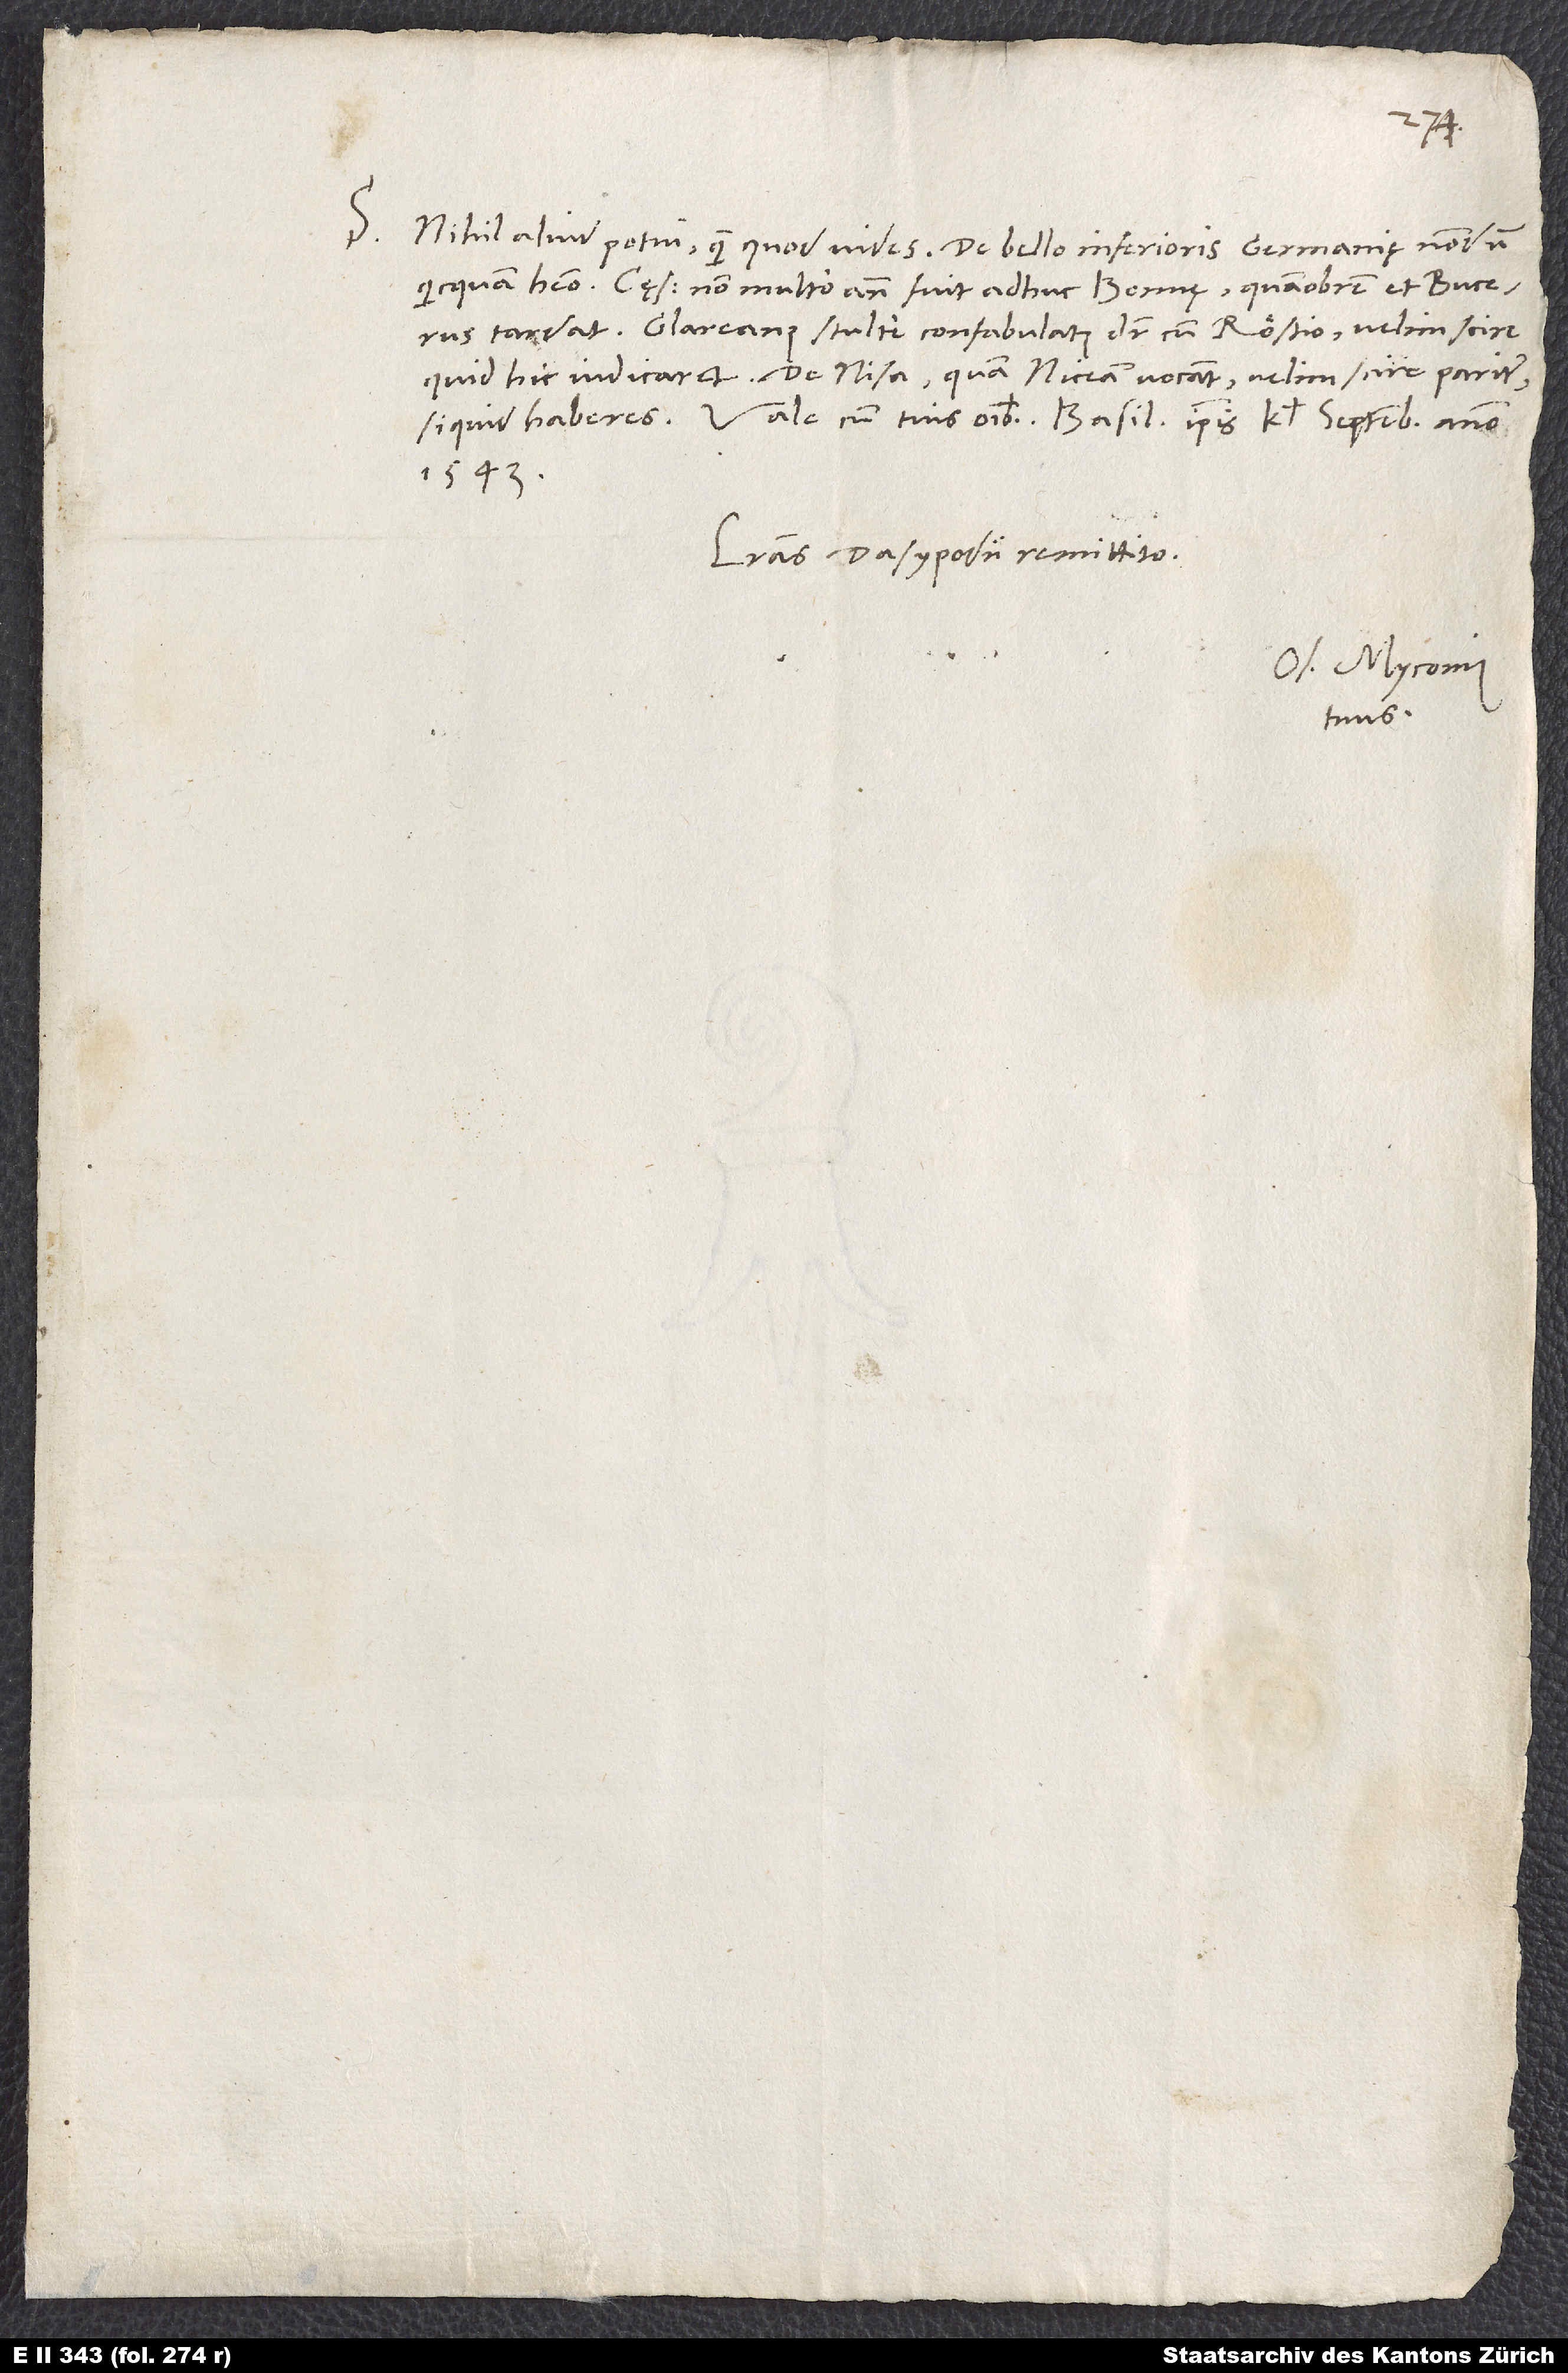
S. Nihil aliud potui, quam quod vides. De bello Inferioris Germanię nondum
quicquam habeo. Cęsar non multo ante fuit adhuc Bonnę, quamobrem et Bucerus
tardat. Glareanus stulte confabulatus dicitur cum Röstio; velim scire,
quid hic iudicaret. De Nisa, quam Niceam vocant, velim scire pariter,
1543.
Literas Dasypodii remittito.
Os. Myconius
tuus.